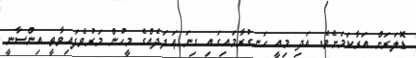
ޑޮލަރަށް އަރާކަމަށެވެ. އަދި މިއީ ހަނގުރާމައިގައި ގިނަ ޢަދަދެއްގެ މީހުން މަރުވެފައިވާތީ އިންސާނީ